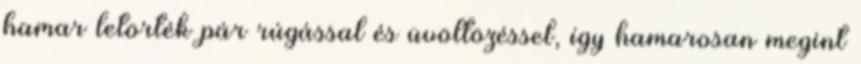
hamar letörték pár rúgással és üvöltözéssel, így hamarosan megint